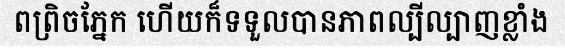
ពព្រិចភ្នែក ហើយក៏ទទួលបានភាពល្បីល្បាញខ្លាំង